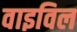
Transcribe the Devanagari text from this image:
वाइविल